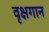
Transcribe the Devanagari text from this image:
वृक्षगान